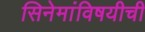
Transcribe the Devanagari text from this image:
सिनेमांविषयीची